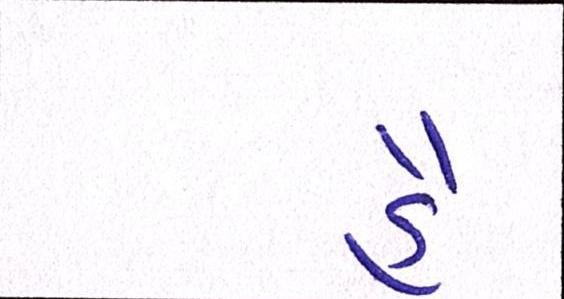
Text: હૈં